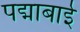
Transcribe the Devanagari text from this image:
पद्माबाई